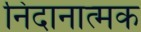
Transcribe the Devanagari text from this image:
निदानात्‍मक